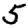
Digit: 5